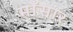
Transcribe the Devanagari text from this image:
माँसार